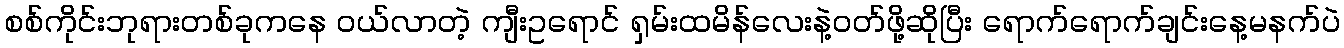
စစ်ကိုင်းဘုရားတစ်ခုကနေ ၀ယ်လာတဲ့ ကျီးဥရောင် ရှမ်းထမိန်လေးနဲ့၀တ်ဖို့ဆိုပြီး ရောက်ရောက်ချင်းနေ့မနက်ပဲ